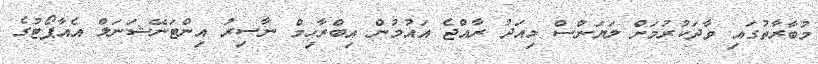
މުބާރާތުގައި ވާދަކުރުމަށް ލަޔަންސް މިއަދު ރާއްޖެ އައުމުން އިބްރާހިމް ނާސިރު އިންޓަނޭޝަނަލް އެއާޕޯޓުގެ